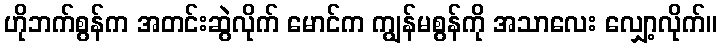
ဟိုဘက်စွန်က အတင်းဆွဲလိုက် မောင်က ကျွန်မစွန်ကို အသာလေး လျှော့လိုက်။